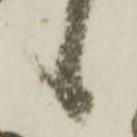
候